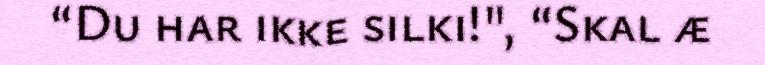
“Du har ikke silki!", “Skal æ